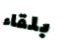
بلقاء